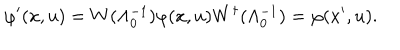
\varphi ^ { \prime } ( x , u ) = W ( \Lambda _ { 0 } ^ { - 1 } ) \varphi ( x , u ) W ^ { \dagger } ( \Lambda _ { 0 } ^ { - 1 } ) = \varphi ( x ^ { \prime } , u ) .